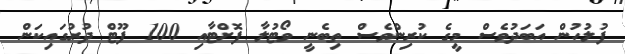
ފުލުހުން އަބަދުވެސް މީގެ ކުރިންވެސް ތިބެނީ ވޯޓުލާ ފޮށްޓާއި 100 ފޫޓް ދުރުގައިކަން